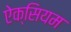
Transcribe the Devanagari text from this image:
ऐक्सियम